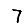
Digit: 7